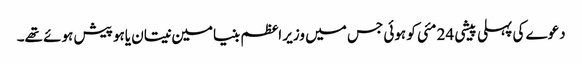
دعوے کی پہلی پیشی 24 مئی کو ہوئی جس میں وزیر اعظم بنیامین نیتان یاہو پیش ہوئے تھے۔